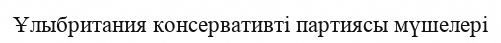
Ұлыбритания консервативті партиясы мүшелері